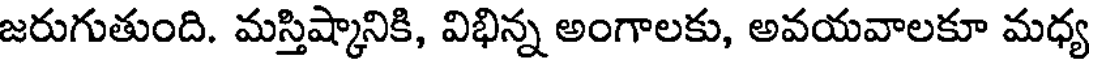
జరుగుతుంది. మస్తిష్కానికి, విభిన్న అంగాలకు, అవయవాలకూ మధ్య